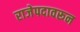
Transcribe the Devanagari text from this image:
राजेपदावरून